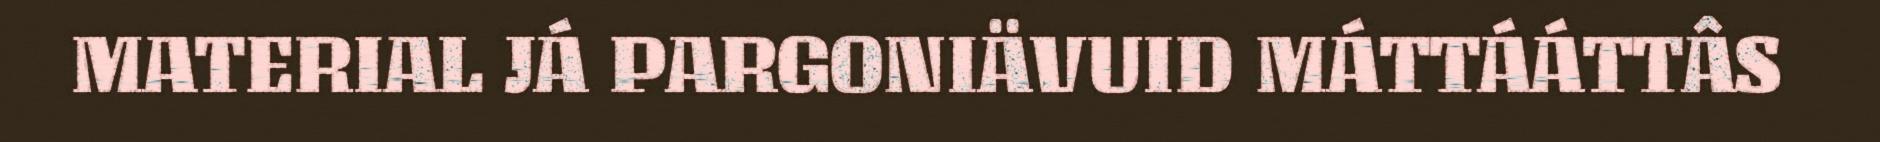
MATERIAL JÁ PARGONIÄVUID MÁTTÁÁTTÂS